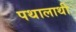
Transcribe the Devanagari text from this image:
पथालाथी